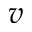
v